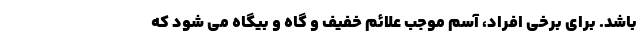
باشد. برای برخی افراد، آسم موجب علائم خفیف و گاه و بیگاه می شود که